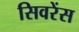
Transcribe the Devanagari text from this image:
सिवरेंस